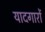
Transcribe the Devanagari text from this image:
यादगारों